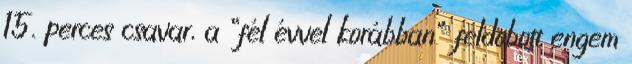
15. perces csavar, a “fél évvel korábban” feldobott engem